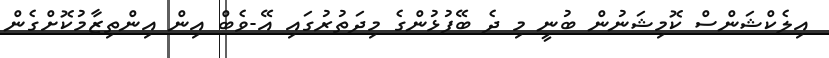
އިލެކްޝަންސް ކޮމިޝަނުން ބުނީ މި ދެ ބޭފުޅުންގެ މިދަތުރުގައި އޭ-ވެބް އިން އިންތިޒާމުކޮށްގެން